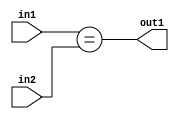
`timescale 1ps / 1ps
/*****************************************************************************
    Verilog RTL Description
    
    
    Created by: Stratus DpOpt 2019.1.01 
*******************************************************************************/

module feature_write_addr_gen_Equal_3Ux2U_1U_4_0 (
	in2,
	in1,
	out1
	); /* architecture "behavioural" */ 
input [2:0] in2;
input [1:0] in1;
output  out1;
wire  asc001;

assign asc001 = (in1==in2);

assign out1 = asc001;
endmodule

/* CADENCE  urnzSAk= : u9/ySgnWtBlWxVPRXgAZ4Og= ** DO NOT EDIT THIS LINE ******/